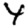
Digit: 4